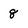
Character: 8